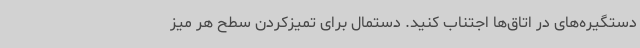
دستگیره‌های در اتاق‌ها اجتناب کنید. دستمال برای تمیزکردن سطح هر میز